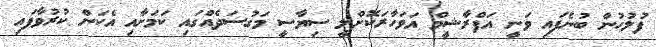
ފުލުހުން ބުނެފައި ވަނީ އަފްރާޝީމް އަވަހާރަކޮށްލީ ސިޔާސީ މަގުސަދެއްގައި ކަމަށާއި އެކަން ކުރުވާފައި